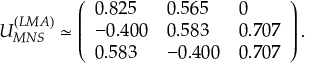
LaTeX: U _ { M N S } ^ { ( L M A ) } \simeq \left( \begin{array} { l l l } { { 0 . 8 2 5 } } & { { 0 . 5 6 5 } } & { { 0 } } \\ { { - 0 . 4 0 0 } } & { { 0 . 5 8 3 } } & { { 0 . 7 0 7 } } \\ { { 0 . 5 8 3 } } & { { - 0 . 4 0 0 } } & { { 0 . 7 0 7 } } \end{array} \right) .